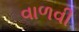
વાળવી